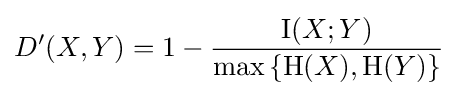
D^{\prime }(X,Y)=1-{\frac {\operatorname {I} (X;Y)}{\max \left\{\mathrm {H} (X),\mathrm {H} (Y)\right\}}}